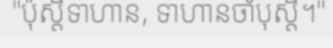
"ប៉ុស្តិ៍ទាហាន, ទាហានចាំបុស្តិ៍។"